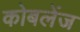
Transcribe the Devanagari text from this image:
कोबलेंज